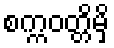
စက္ကဝတ္တိမှိ